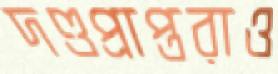
দণ্ডপ্রাপ্তরাও